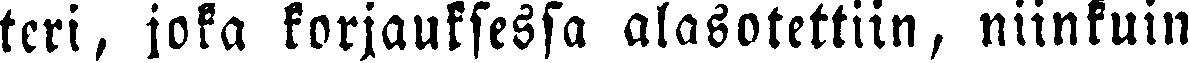
teri, joka korjauksessa alasotettiin, niinkuin